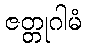
ဇတ္တုဂါမံ